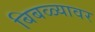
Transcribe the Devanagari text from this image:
बिबळ्यावर